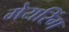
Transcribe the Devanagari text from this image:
मेयरिंग